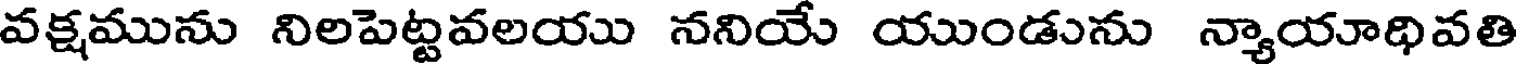
వక్షమును నిలపెట్టవలయు ననియే యుండును న్యాయాథివతి